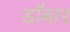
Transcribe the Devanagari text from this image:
डॉबार